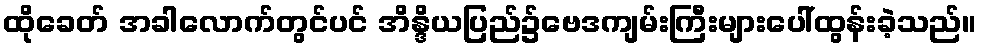
ထိုခေတ် အခါလောက်တွင်ပင် အိန္ဒိယပြည်၌ဗေဒကျမ်းကြီးများပေါ်ထွန်းခဲ့သည်။